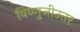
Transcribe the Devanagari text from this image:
विष्णुजीउत्तर